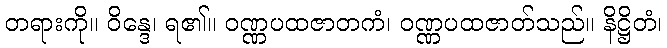
တရားကို။ ဝိန္ဒေ၊ ရ၏။ ဝဏ္ဏပထဇာတကံ၊ ဝဏ္ဏပထဇာတ်သည်။ နိဋ္ဌိတံ၊